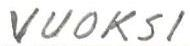
VUOKSI